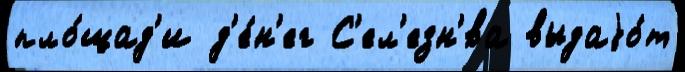
пло́щад'и д'е́н'ег С'ел'езн'́ва выдаjо́т